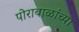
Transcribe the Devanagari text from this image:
पोराबाळांच्या